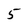
Character: 5